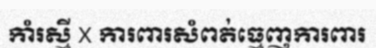
កាំរស្មី X ការពារសំពត់ធ្មេញការពារ